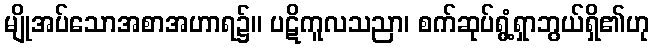
မျိုအပ်သောအစာအဟာရ၌။ ပဋိကူလသညာ၊ စက်ဆုပ်ရွံ့ရှာဘွယ်ရှိ၏ဟု